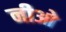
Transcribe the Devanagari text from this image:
नीओ